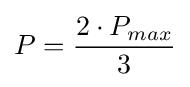
P={\frac {2\cdot P_{max}}{3}}